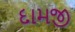
દામજી